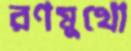
রণমুখো